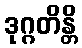
ဒုဂ္ဂတိန္တိ